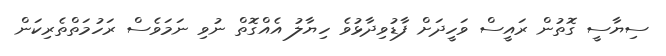
ސިޔާސީ ގޮތުން ރައީސް ވަހީދަށް ފާޑުވިދާޅުވެ ހިޔާލު އެއްގޮތް ނުވި ނަމަވެސް ރަހުމަތްތެރިކަން